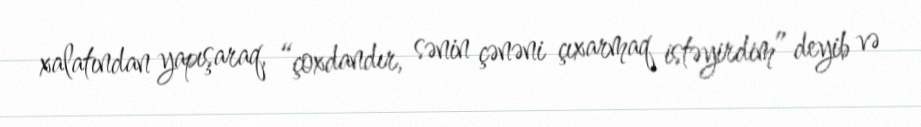
xalatından yapışaraq, “çoxdandır, sənin çənəni çıxarmaq istəyirdim” deyib və